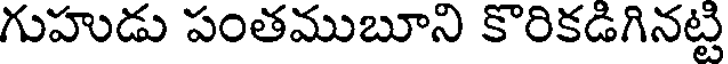
గుహుడు పంతముబూని కొరికడిగినట్టి